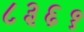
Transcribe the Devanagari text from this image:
८३६१